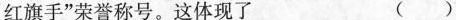
红旗手”荣誉称号。这体现了 ( )